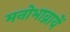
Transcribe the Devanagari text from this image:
मनोभाव्नायें